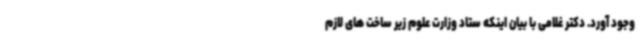
وجود آورد. دکتر غلامی با بیان اینکه ستاد وزارت علوم زیر ساخت های لازم